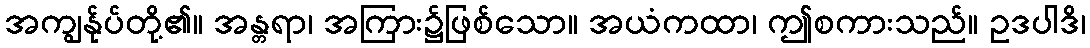
အကျွန်ုပ်တို့၏။ အန္တရာ၊ အကြား၌ဖြစ်သော။ အယံကထာ၊ ဤစကားသည်။ ဥဒပါဒိ၊